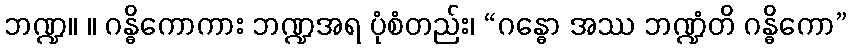
ဘဏ္ဍ။ ။ ဂန္ဓိကောကား ဘဏ္ဍအရ ပုံစံတည်း၊ “ဂန္ဓော အဿ ဘဏ္ဍံတိ ဂန္ဓိကော”